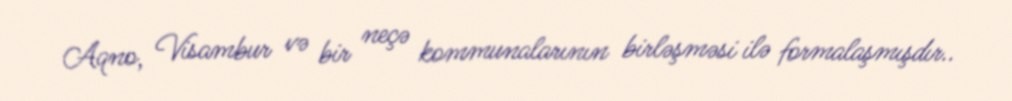
Aqno, Visambur və bir neçə kommunalarının birləşməsi ilə formalaşmışdır..